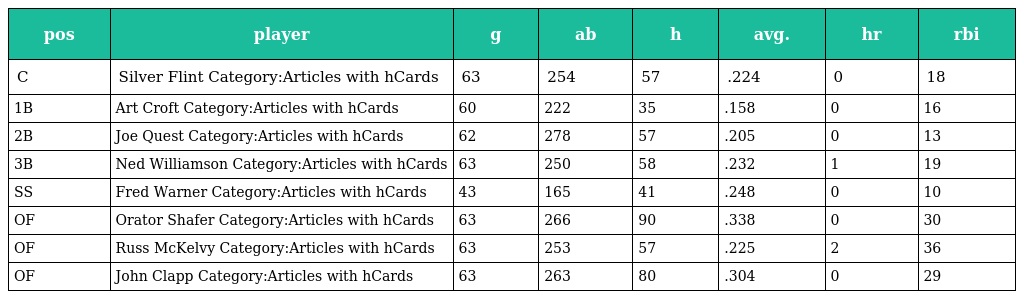
| pos | player | g | ab | h | avg. | hr | rbi |
 | --- | --- | --- | --- | --- | --- | --- | --- |
 | C | Silver Flint Category:Articles with hCards | 63 | 254 | 57 | .224 | 0 | 18 |
 | 1B | Art Croft Category:Articles with hCards | 60 | 222 | 35 | .158 | 0 | 16 |
 | 2B | Joe Quest Category:Articles with hCards | 62 | 278 | 57 | .205 | 0 | 13 |
 | 3B | Ned Williamson Category:Articles with hCards | 63 | 250 | 58 | .232 | 1 | 19 |
 | SS | Fred Warner Category:Articles with hCards | 43 | 165 | 41 | .248 | 0 | 10 |
 | OF | Orator Shafer Category:Articles with hCards | 63 | 266 | 90 | .338 | 0 | 30 |
 | OF | Russ McKelvy Category:Articles with hCards | 63 | 253 | 57 | .225 | 2 | 36 |
 | OF | John Clapp Category:Articles with hCards | 63 | 263 | 80 | .304 | 0 | 29 |